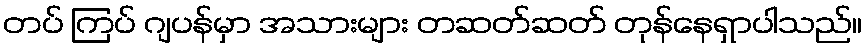
တပ် ကြပ် ဂျပန်မှာ အသားများ တဆတ်ဆတ် တုန်နေရှာပါသည်။